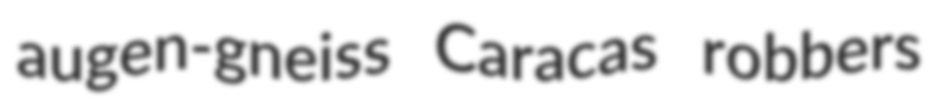
augen-gneiss Caracas robbers